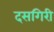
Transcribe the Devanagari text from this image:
दसगिरी